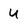
Character: u